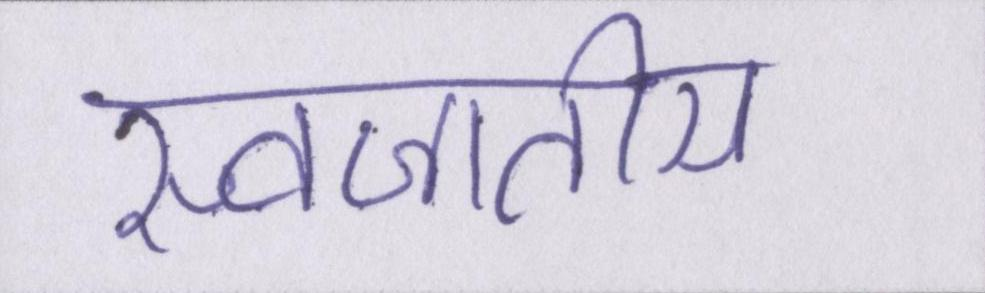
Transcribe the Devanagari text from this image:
स्वजातीय